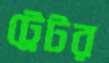
ট্রেটর